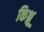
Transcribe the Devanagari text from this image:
किश्लू